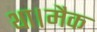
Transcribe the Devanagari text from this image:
था।मैक